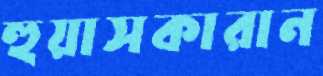
হুয়াসকারান